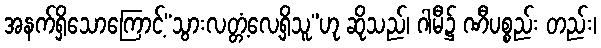
အနက်ရှိသောကြောင့်“သွားလတ္တံ့လေ့ရှိသူ”ဟု ဆိုသည်၊ ဂါမီ၌ ဏီပစ္စည်း တည်း၊